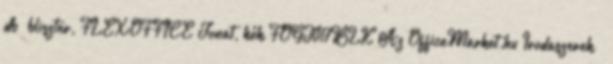
db bliszter, FLEXOFFICE Jonat, kék FOGT017BLK Az OfficeMarket.hu Irodaszerek